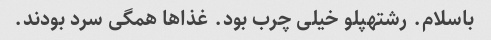
باسلام. رشتهپلو خیلی چرب بود. غذاها همگی سرد بودند.